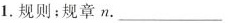
1.规则；规章n.___